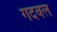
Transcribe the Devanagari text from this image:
गदवल